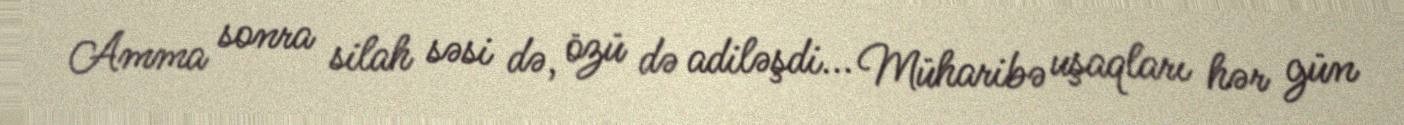
Amma sonra silah səsi də, özü də adiləşdi... Müharibə uşaqları hər gün